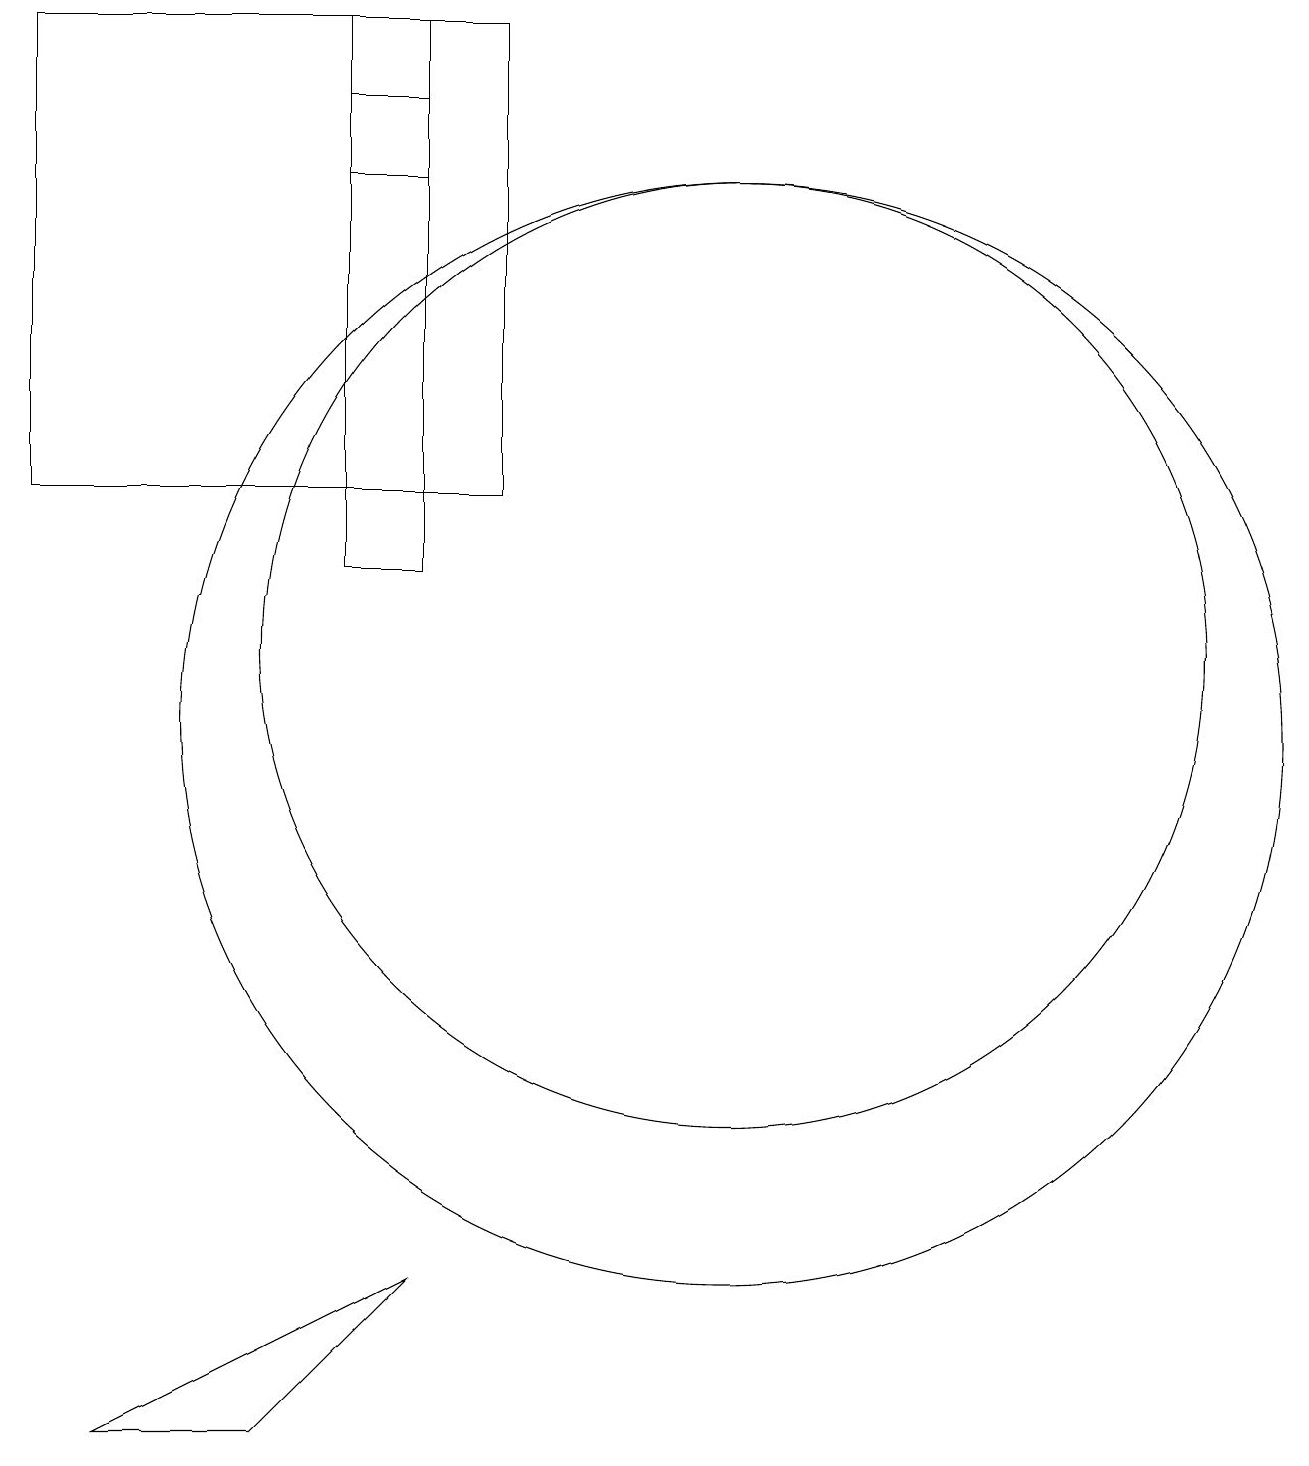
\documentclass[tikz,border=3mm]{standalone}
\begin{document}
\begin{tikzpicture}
\draw (2,13) rectangle (8,19);
\draw (3,1) -- (5,1) -- (7,3) -- cycle;
\draw (11,10) circle (7);
\draw (6,19) rectangle (7,17);
\draw (11,11) circle (6);
\draw (6,18) rectangle (7,12);
\draw (6,19) rectangle (7,18);
\draw (12,10) circle (0);
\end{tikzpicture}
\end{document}